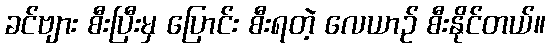
ခင်ဗျား စီးပြီးမှ ပြောင်း စီးရတဲ့ လေယာဉ် စီးနိုင်တယ်။